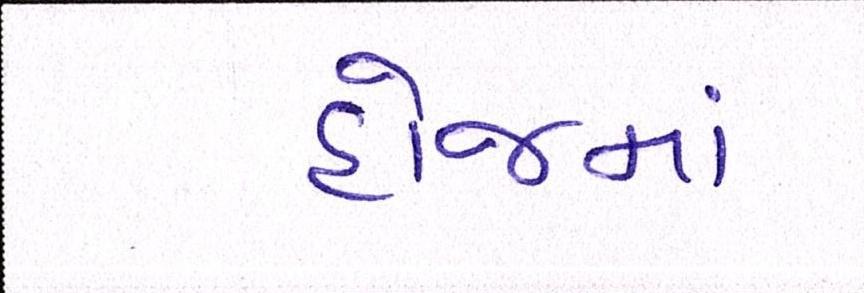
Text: હોજમાં